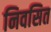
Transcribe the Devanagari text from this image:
निवसित